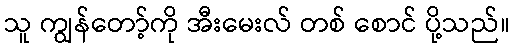
သူ ကျွန်တော့်ကို အီးမေးလ် တစ် စောင် ပို့သည်။